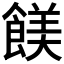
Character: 𩝏